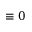
\equiv 0